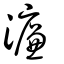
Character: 濂